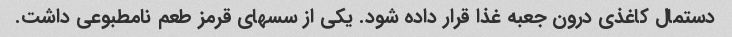
دستمال کاغذی درون جعبه غذا قرار داده شود. یکی از سسهای قرمز طعم نامطبوعی داشت.